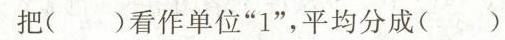
把( )看作单位”1”，平均分成( )